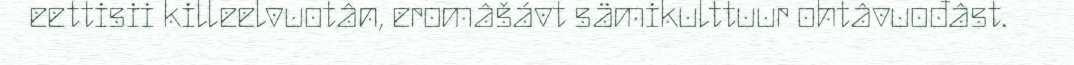
eettisii killeelvuotân, eromâšávt sämikulttuur ohtâvuođâst.